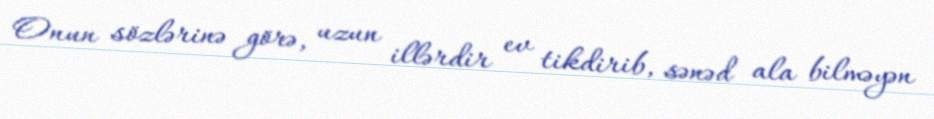
Onun sözlərinə görə, uzun illərdir ev tikdirib, sənəd ala bilməyən